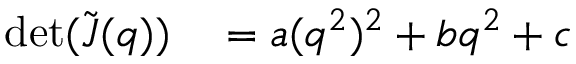
\begin{array} { r l } { \operatorname* { d e t } ( \tilde { \boldsymbol J } ( \boldsymbol q ) ) } & { { } = a ( \boldsymbol q ^ { 2 } ) ^ { 2 } + b \boldsymbol q ^ { 2 } + c } \end{array}